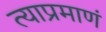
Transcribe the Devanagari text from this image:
त्याप्रमाणं